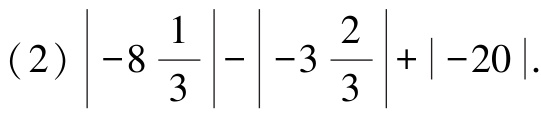
(2) $\left|-8\frac{1}{3}\right|-\left|-3\frac{2}{3}\right|+|-20|$.